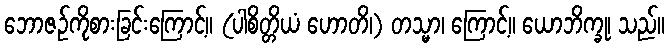
ဘောဇဉ်ကိုစားခြင်းကြောင့်။ (ပါစိတ္တိယံ ဟောတိ၊) တသ္မာ၊ ကြောင့်။ ယောဘိက္ခု၊ သည်။